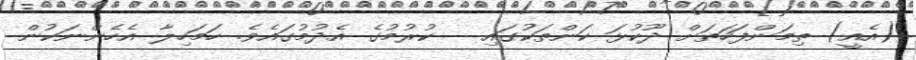
(އެއީ) ތިމަންފަހަތަށް ދޫކުޅަ ކަންތަކުގައި   ކުރުމުގެ އެދުމުގައެވެ. ހަމަހިލާ އެހެންނަކުން